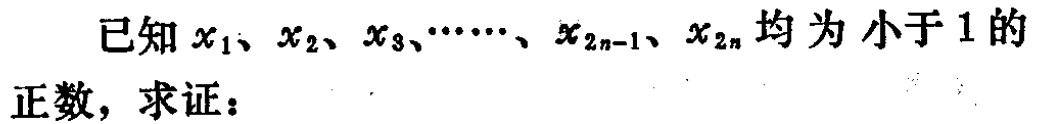
已知\(x_{1}、x_{2}、x_{3}、\cdots 、x_{2n - 1}、x_{2n}\)均为小于\(1\)的正数，求证：